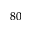
^ { 8 0 }